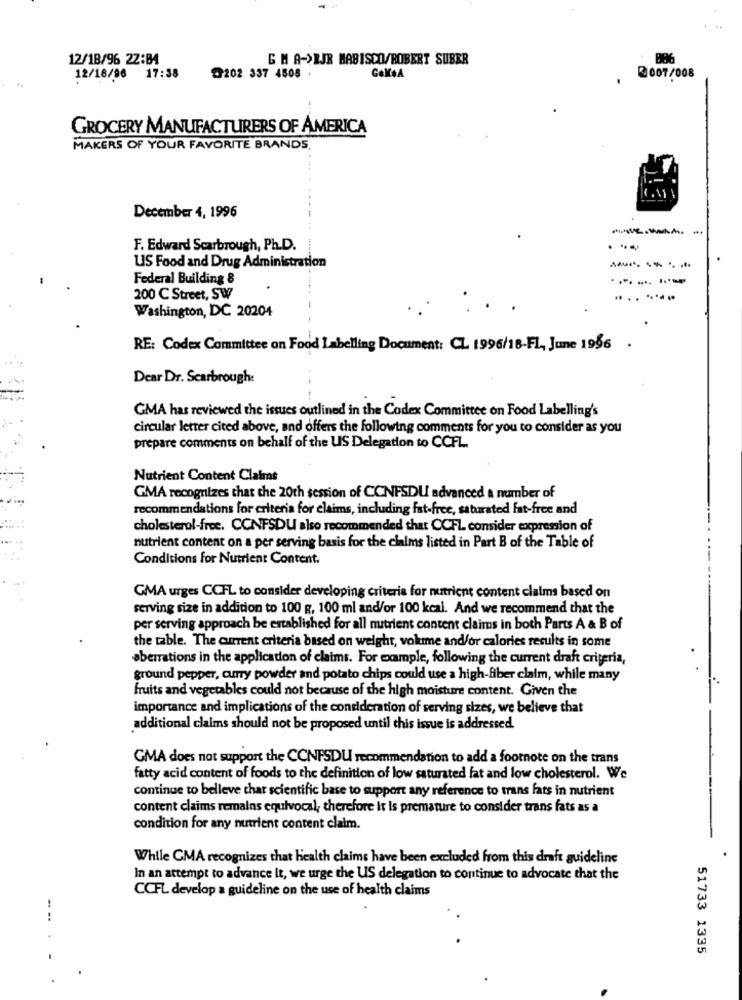
12/18/96 22:B4
G MA-SEJR MABISCO/ROBERT SUBER
12/18/96 17:38
202 337 4508 .
2007/008
GROCERY MANUFACTURERS OF AMERICA
MAKERS OF YOUR FAVORITE BRANDS
December 4, 1996
F. Edward Scarbrough, Ph.D.
..-
US Food and Drug Administration
Federal Building 8
.-- --
200 C Street, SW
.... .....
Washington, DC 20204
RE: Codex Committee on Food Labelling Document: CL 1996/18-FL, June 1986
Dear Dr. Scarbrough:
GMA has reviewed the issues outlined in the Codex Committee on Food Labelling's
circular letter cited above, and offers the following comments for you to consider as you
prepare comments on behalf of the US Delegation to CCFL.
Nutrient Content Claims
GMA recognizes that the 20th session of CONFSDU advanced a number of
recommendations for criteria for claims, including fat-free, saturated fat-free and
cholesterol-free. CONFSDU also recommended that CCFL consider expression of
nutrient content on a per serving basis for the claims listed in Part B of the Table of
Conditions for Nutrient Content.
GMA urges CCFL to consider developing criteria for nutrient content claims based on
serving size in addition to 100 g, 100 ml and/or 100 kcal. And we recommend that the
per serving approach be established for all nutrient content claims in both Parts A & B of
the table. The current criteria based on weight, volume and/or calories results in some
aberrations in the application of claims. For example, following the current draft criteria,
ground pepper, curry powder and potato chips could use a high-fiber claim, while many
fruits and vegetables could not because of the high moisture content. Given the
importance and implications of the consideration of serving sizes, we believe that
additional claims should not be proposed until this issue is addressed.
GMA does not support the CCNPSDU recommendation to add a footnote on the trans
fatty acid content of foods to the definition of low saturated fat and low cholesterol. We
continue to belleve that scientific base to support any reference to trans fats in nutrient
content claims remains equivocal, therefore it is premature to consider trans fats as a
condition for any nutrient content claim.
While CMA recognizes that health claims have been excluded from this draft guideline
In an attempt to advance It, we urge the US delegation to continue to advocate that the
CCFL develop a guideline on the use of health claims
51733 1335